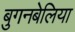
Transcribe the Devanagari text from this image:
बुगनबेलिया